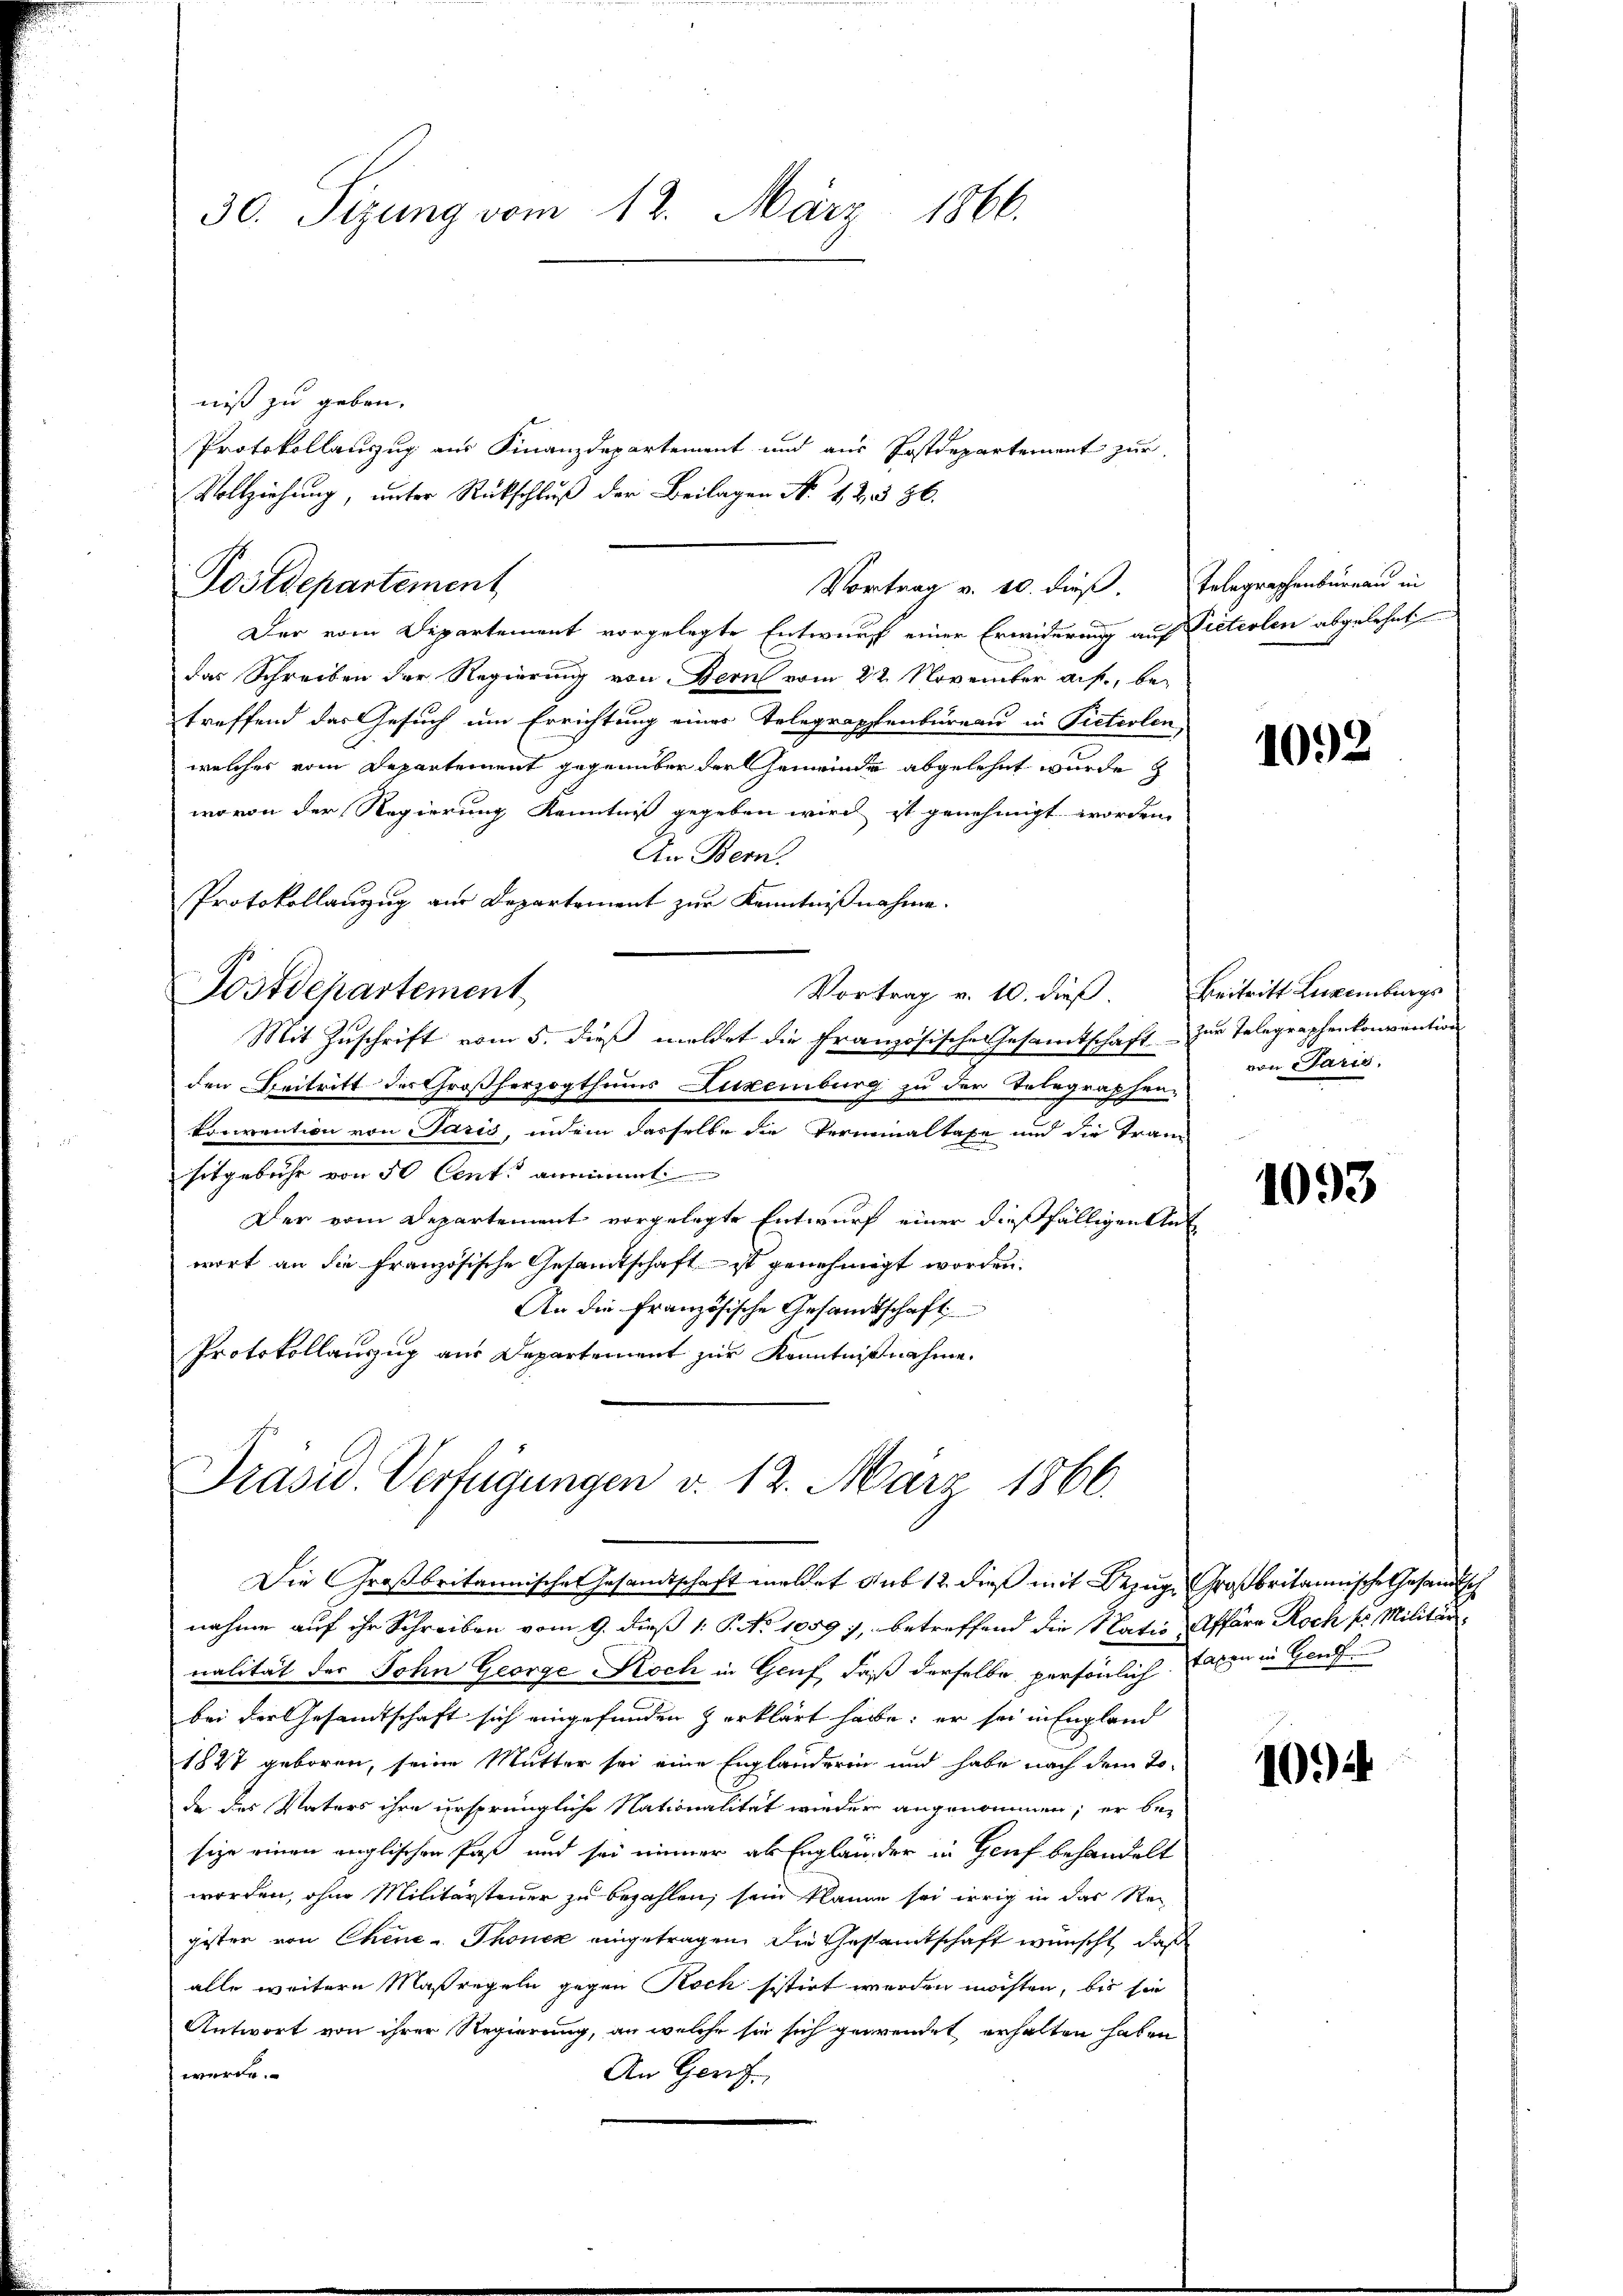
30. Sizung vom 12. März 1866.

niß zu geben.
Protokollanzug aus Finanzdepartement und aus Postdepartement zur
Vollziehung, unter Rückschluß der Beilagen No 12. 386.
Postdepartement
Der vom Departement vorgelegte Entwurf einer Erwiderung auf Pieterlen abgelehnt
das Schreiben der Regierung von Bern vom 22. November auf, be-
treffend das Gesuch um Errichtung eines Telegraphenbüreau in Pietiolen,
welches vom Departement gegenüber der Gemeinde abgelehnt wurde z
wovon der Regierung Kenntniß gegeben wird ist genehmigt worden
An Bern.
Protokollanzug aus Departement zur Kenntnißnahme.
Postdepartement
Vortrag v. 10. dieß. Beitritt Luxenburgs
Mit Zuschrift vom 5. dieß meldet die französische Gesamtschaft zur Telegraphenkonvention
den Beitritt des Großherzogthums Luxenburg zu der Telegraphen-
konvention von Paris, indem dasselbe die Verminaltaxe und die Tran
sitgebühr von 50 Centi annimmt
Der vom Departement vorgelegte Entwurf einer dießfälligen Ant
wort an die französische Gesamtschaft ist genehmigt worden.
An die französische Gesandtschaft
Protokollauszug aus Departement zur Kenntnißnahme.

Vortrag v. 10. dieß. Telegraphenbüreau in

Präsid. Verfügungen v. 12. März 1866.

Die Großbritannische Gesandtschaft meldet sub 12 dieß mit Bezug, Großbritannische Gesandtsch
nahme auf ihr Schreiben vom 9. dieß 1: P. No 1059), betreffend die Nation Affara Roch pr. Militärnalität des John George Koch in Genf, daß derselbe persönlich Taxen in Gen
bei der Gesandtschaft sich eingefunden zerklärt habe; er sei in England
1827 geboren, seine Mutter sei eine Englanderen und habe nach dem Tode des Vaters ihre ursprüngliche Nationalität wieder angenommen; er bei
sige einen englischen Paß und sei immer als Engländer in Genf behandelt
worden, ohne Militärsteuer zu bezahlen, sein Planne sei irrig in das Rec
gester von Chene - Thonen eingetragen. Die Gestamtschaft wünscht, daß
alle weitere Maßregeln gegen Koch sistirt werden möchten, bis sie
Antwort von ihrer Regierung, an welche sie sich gewendet erhalten haben
werde.
An Geri

1092

von Paris.

1093

109